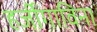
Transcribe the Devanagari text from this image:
हर्जीगाविना